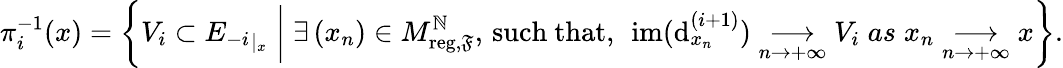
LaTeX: \pi_{i}^{-1}(x)=\left\{ V_{i}\subset{E_{-i}}_{|_{x}}\; \middle|\; \exists\, (x_{n})\in M_{\mathrm{reg},\mathfrak F}^{\mathbb{N}},\, \mathrm{such~that},\, \; \mathrm{im}(\mathrm{d}_{x_{n}}^{(i+1)})\underset{n\to+\infty}{\longrightarrow}V_{i}\; as\; x_{n}\underset{n\to+\infty}{\longrightarrow}x\right\} .